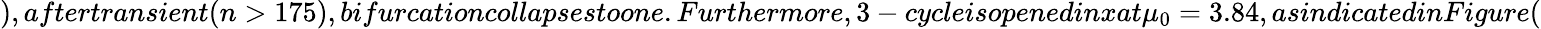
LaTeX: ),aftertransient(n>175),bifurcationcollapsestoone.Furthermore,3-cycleisopenedinxat\mu_{0}=3.84,asindicatedinFigure(